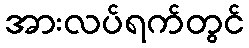
အားလပ်ရက်တွင်